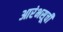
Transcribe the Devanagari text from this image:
आरंभसूची